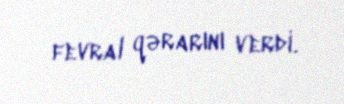
fevral qərarını verdi.